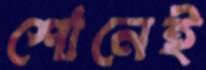
শোনেই